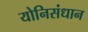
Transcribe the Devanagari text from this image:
योनिसंधान